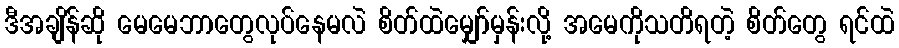
ဒီအချိန်ဆို မေမေဘာတွေလုပ်နေမလဲ စိတ်ထဲမျှော်မှန်းလို့ အမေကိုသတိရတဲ့ စိတ်တွေ ရင်ထဲ